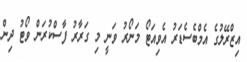
އިޒްރޭލުގެ އެމްބެސެޑަރު އެވިއަޓޯ މަނޯރު ވަނީ މި ގަރާރު ފާސްކުރަން ވޯޓު ދިން